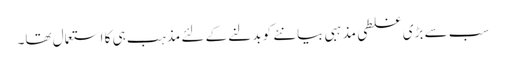
سب سے بڑی غلطی مذہبی بیانئے کو بدلنے کے لئے مذہب ہی کا استعمال تھا۔